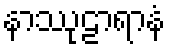
နာဿုဠာရာနံ